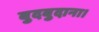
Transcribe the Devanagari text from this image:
बुदबुदाना।